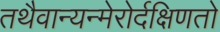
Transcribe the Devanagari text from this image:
तथैवान्यन्मेरोर्दक्षिणतो